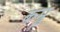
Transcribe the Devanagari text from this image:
कम्रु